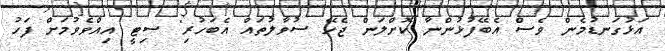
އަޅުގަނޑުމެން ވެސް އެބޭފުޅުންނާ ކޮށްލަން ޖެހޭ ސުވާލުތައް އެބަހުރި" ސިޓީ އިއްވެވުމަށް ފަހު